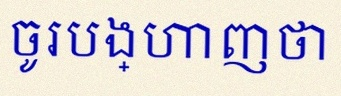
ចូរបង្ហាញថា